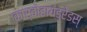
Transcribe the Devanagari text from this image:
कार्बोहायड्रेडस्